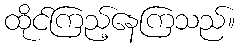
ထိုင်ကြည့်နေကြသည်။